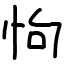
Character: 怐